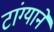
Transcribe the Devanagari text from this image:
टांग्याने